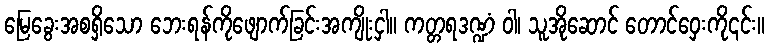
မြေခွေးအစရှိသော ဘေးရန်ကိုဖျောက်ခြင်းအကျိုးငှါ။ ကတ္တရဒဏ္ဍံ ဝါ၊ သူအိုဆောင် တောင်ဝှေးကို၎င်း။